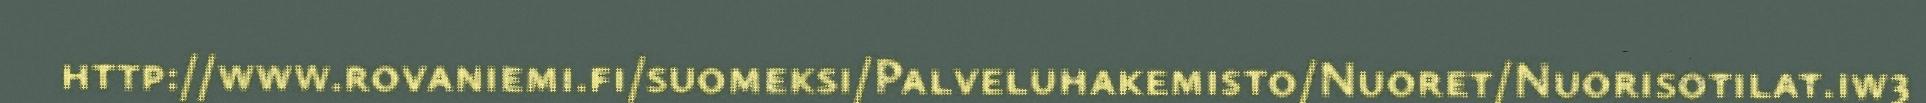
http://www.rovaniemi.fi/suomeksi/Palveluhakemisto/Nuoret/Nuorisotilat.iw3